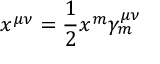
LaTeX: x ^ { \mu \nu } = \frac { 1 } { 2 } x ^ { m } \gamma _ { m } ^ { \mu \nu }